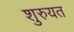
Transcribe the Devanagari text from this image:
शुरुयत